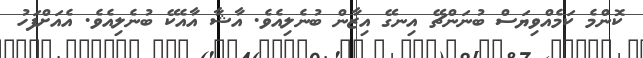
ކޮންމެ ކަމެއްވިޔަސް ބުނަންޗޭ އިނގޭ އިޒާން ބުނެލިއެވެ. އާޝާ އާއެކޭ ބުނެލިއެވެ. އެއަށްފަހު